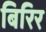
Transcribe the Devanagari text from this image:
बिरिर